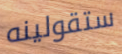
ستقولينه